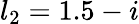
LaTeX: l_{2}=1.5-i